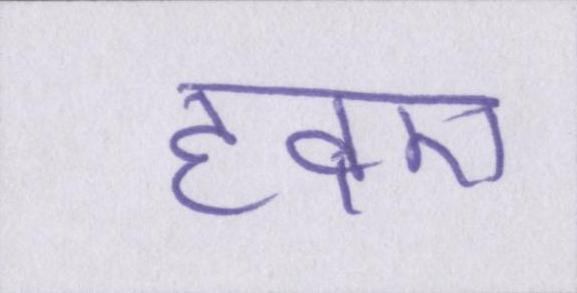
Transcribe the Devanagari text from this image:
हवए